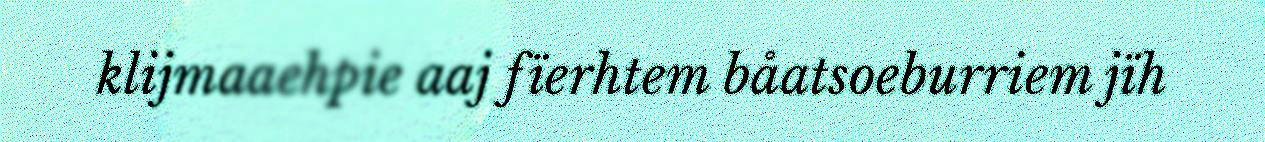
klijmaaehpie aaj fïerhtem båatsoeburriem jïh